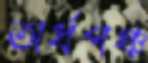
অর্ধপঞ্চ